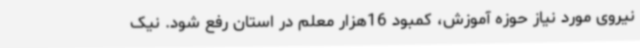
نیروی مورد نیاز حوزه آموزش، کمبود 16هزار معلم در استان رفع شود. نیک